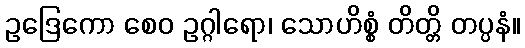
ဥဒြေကော စေဝ ဥဂ္ဂါရော၊ သောဟိစ္စံ တိတ္တိ တပ္ပနံ။